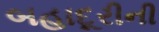
બહાદૂરીની